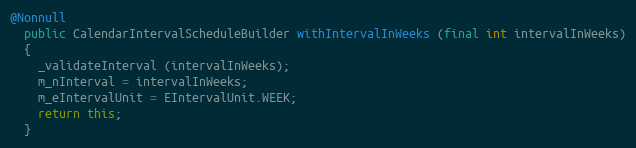
Language: Java
@Nonnull
  public CalendarIntervalScheduleBuilder withIntervalInWeeks (final int intervalInWeeks)
  {
    _validateInterval (intervalInWeeks);
    m_nInterval = intervalInWeeks;
    m_eIntervalUnit = EIntervalUnit.WEEK;
    return this;
  }